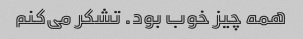
همه چیز خوب بود. تشکر می‌کنم